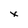
Character: x